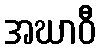
အဃာဝီ